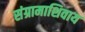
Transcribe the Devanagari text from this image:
संग्रामाशिवाय